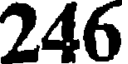
246